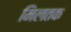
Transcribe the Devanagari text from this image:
मिलतक